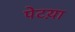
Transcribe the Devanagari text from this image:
पेटय़ा